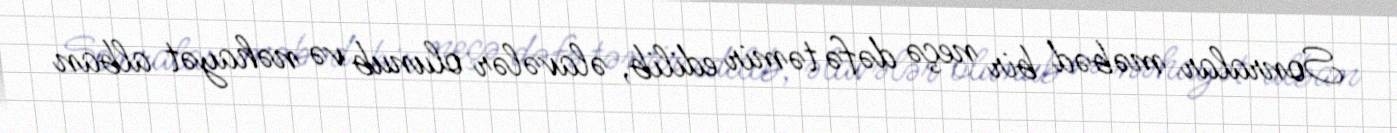
Sonralar məbəd bir neçə dəfə təmir edilib, əlavələr olunub və nəhayət alban